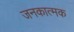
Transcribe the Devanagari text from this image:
जनकात्मक